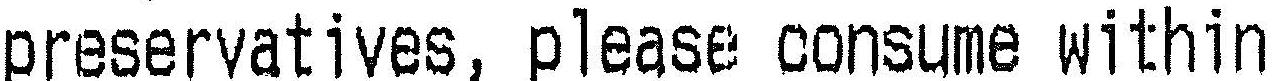
PRESERVATIVES, PLEASE CONSUME WITHIN